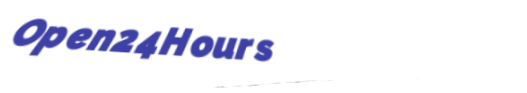
Open24Hours